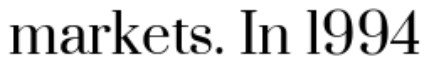
markets. In 1994